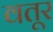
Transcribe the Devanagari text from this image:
वतूर